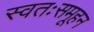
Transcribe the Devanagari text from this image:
स्वतःसमूहन